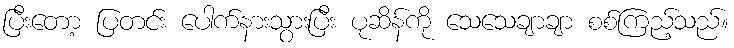
ပြီးတော့ ပြတင်း ပေါက်နားသွားပြီး ပုဆိန်ကို သေသေချာချာ စစ်ကြည့်သည်။